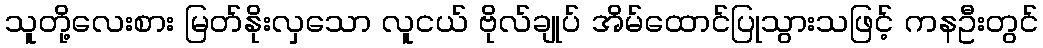
သူတို့လေးစား မြတ်နိုးလှသော လူငယ် ဗိုလ်ချုပ် အိမ်ထောင်ပြုသွားသဖြင့် ကနဦးတွင်